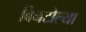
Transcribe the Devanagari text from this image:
बिनटोल्या